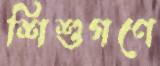
শিশুগণে